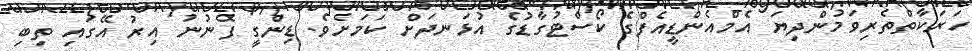
ހަރަކާތްތެރިވަމުންދިޔަ އެމްއެންޑީއެފްގެ ކޯސްޓުގާޑުގެ އުޅަނދަށް ކަމަށެވެ. ޑިންގީ ފެނުނު އިރު އޭގައި ތިބި